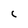
Character: C